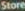
Store